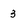
Character: 3